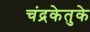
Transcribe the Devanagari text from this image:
चंद्रकेतुके